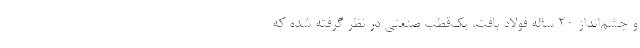
و چشم‌انداز ۲۰ ساله فولاد بافت، یک‌قطب صنعتی در نظر گرفته‌ شده که